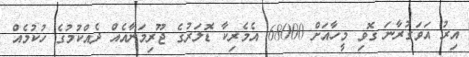
އިރު އަވަގުރާނަ ގޮވި މީހާއަށް 68000 އެމެރިކާ ޑޮލަރުގެ ޖޫރިމަނާއެއް ދެއްކުމުގެ ހުކުމެއް